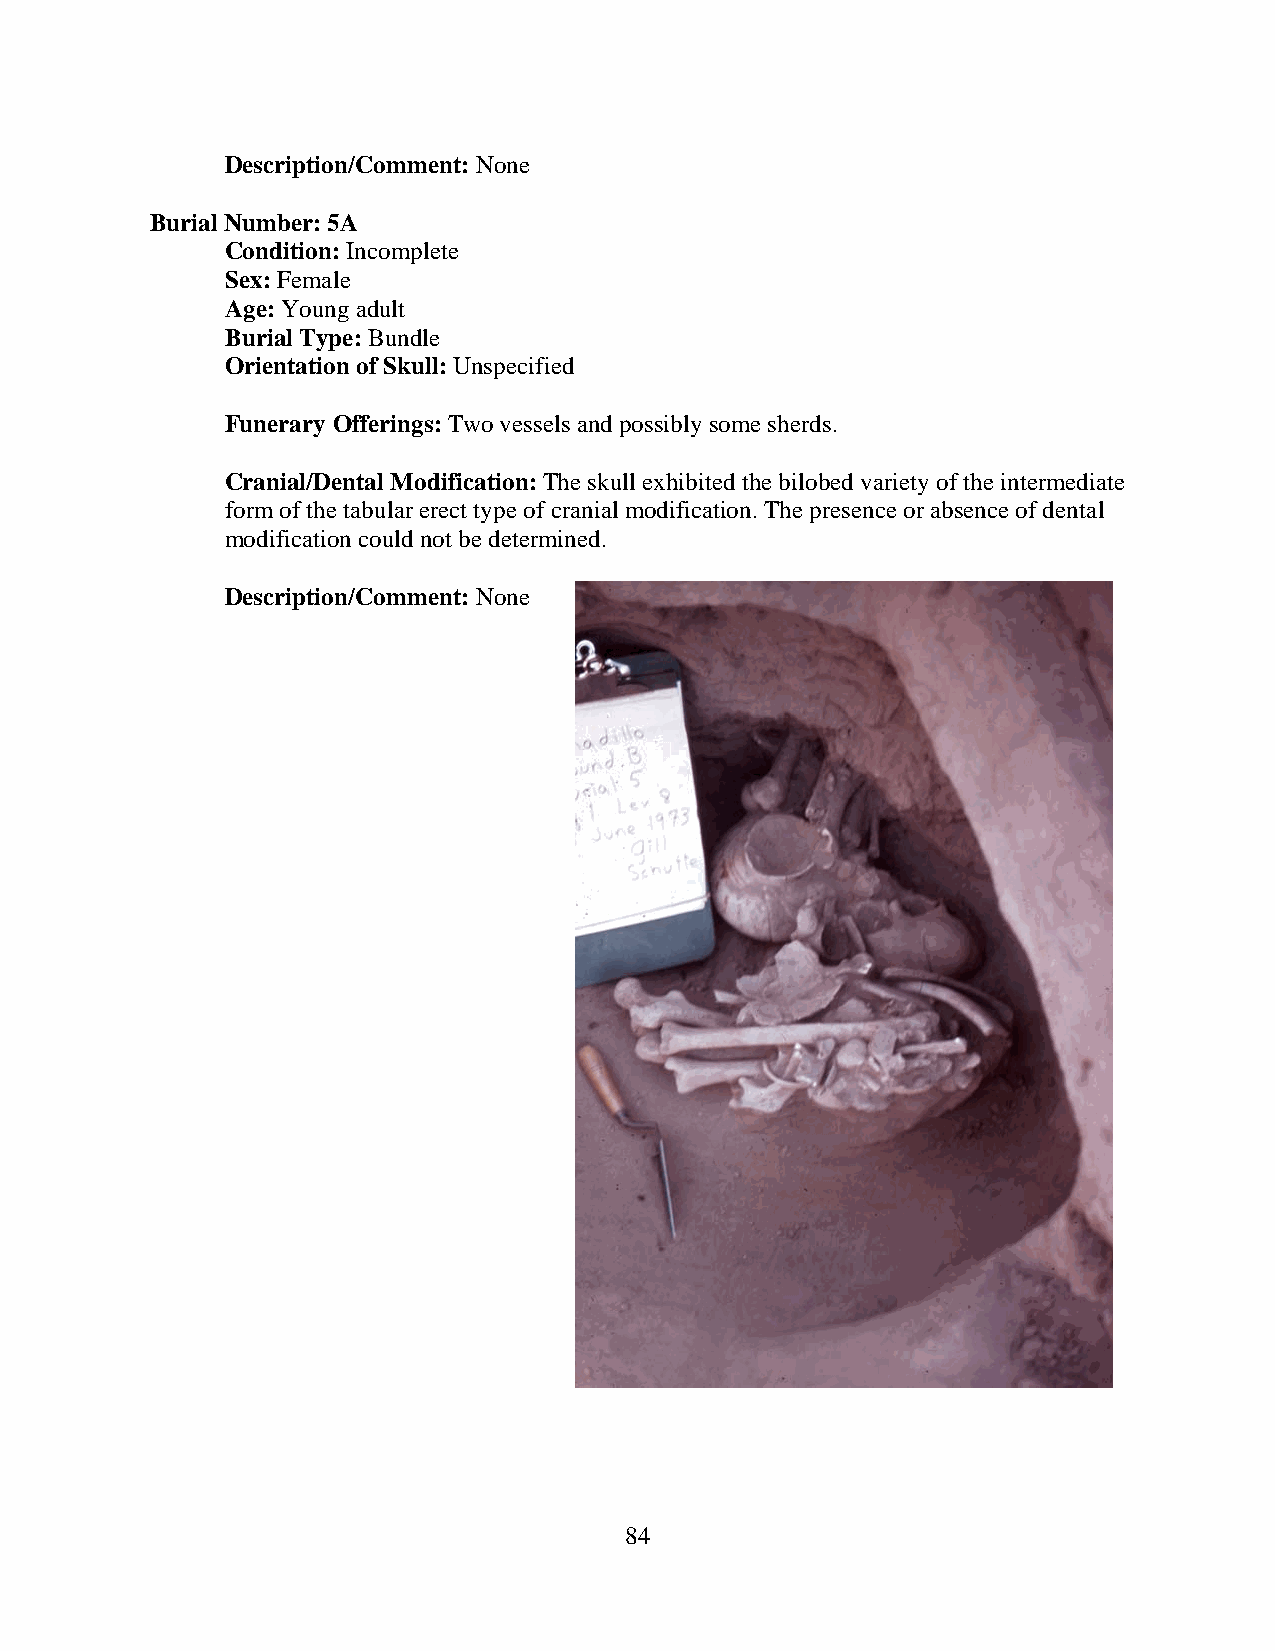
Description/Comment: None
 Burial Number: 5A
 Condition: Incomplete
 Sex: Female
 Age: Young adult
 Burial Type: Bundle
 Orientation of Skull: Unspecified
 Funerary Offerings: Two vessels and possibly some sherds.
 Cranial/Dental Modification: The skull exhibited the bilobed variety of the intermediate
 form of the tabular erect type of cranial modification. The presence or absence of dental
 modification could not be determined.
 Description/Comment: None
 84